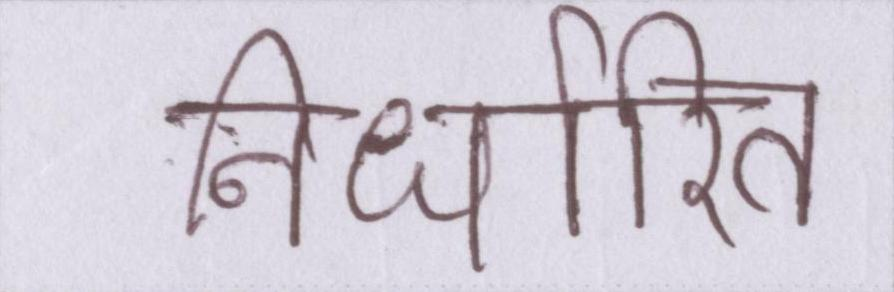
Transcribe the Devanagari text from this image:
निर्धारित